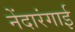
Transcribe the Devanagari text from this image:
नेंदारंगाई